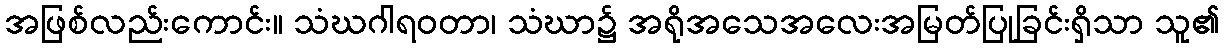
အဖြစ်လည်းကောင်း။ သံဃဂါရဝတာ၊ သံဃာ၌ အရိုအသေအလေးအမြတ်ပြုခြင်းရှိသာ သူ၏